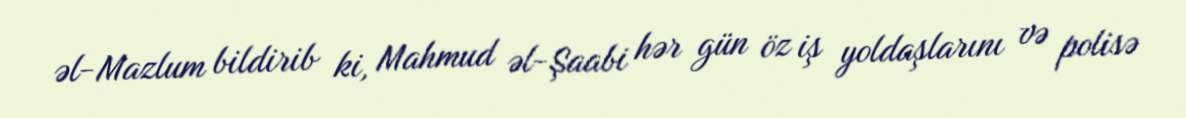
əl-Mazlum bildirib ki, Mahmud əl-Şaabi hər gün öz iş yoldaşlarını və polisə